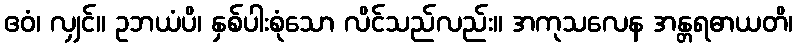
ဧဝံ၊ လျှင်။ ဥဘယံပိ၊ နှစ်ပါးစုံသော လိင်သည်လည်း။ အကုသလေန အန္တရဓာယတိ၊